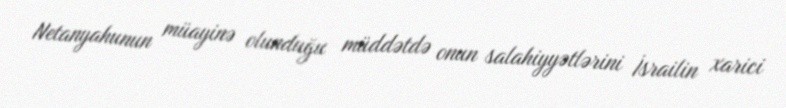
Netanyahunun müayinə olunduğu müddətdə onun salahiyyətlərini İsrailin xarici